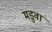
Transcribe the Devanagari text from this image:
मडुवा